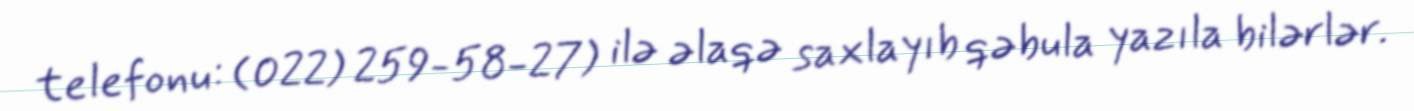
telefonu: (022) 259-58-27) ilə əlaqə saxlayıb qəbula yazıla bilərlər.